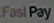
FastPay